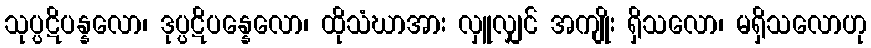
သုပ္ပဋိပန္နလော၊ ဒုပ္ပဋိပန္နေလော၊ ထိုသံဃာအား လှူလျှင် အကျိုး ရှိသလော၊ မရှိသလောဟု